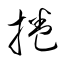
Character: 捲